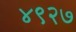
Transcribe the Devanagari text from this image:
४९२७